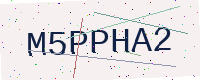
Text: M5PPHA2